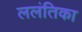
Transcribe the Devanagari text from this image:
ललंतिका